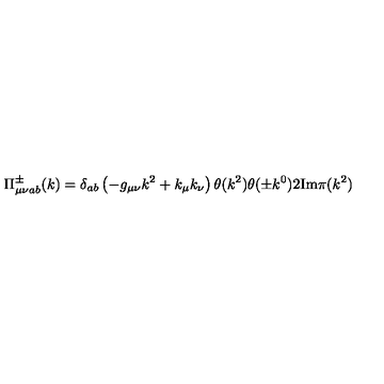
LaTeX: \Pi _ { \mu \nu a b } ^ { \pm } ( k ) = \delta _ { a b } \left( - g _ { \mu \nu } k ^ { 2 } + k _ { \mu } k _ { \nu } \right) \theta ( k ^ { 2 } ) \theta ( \pm k ^ { 0 } ) 2 \mathrm { I m } \pi ( k ^ { 2 } )